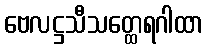
ဗေလဋ္ဌသီသတ္ထေရဂါထာ